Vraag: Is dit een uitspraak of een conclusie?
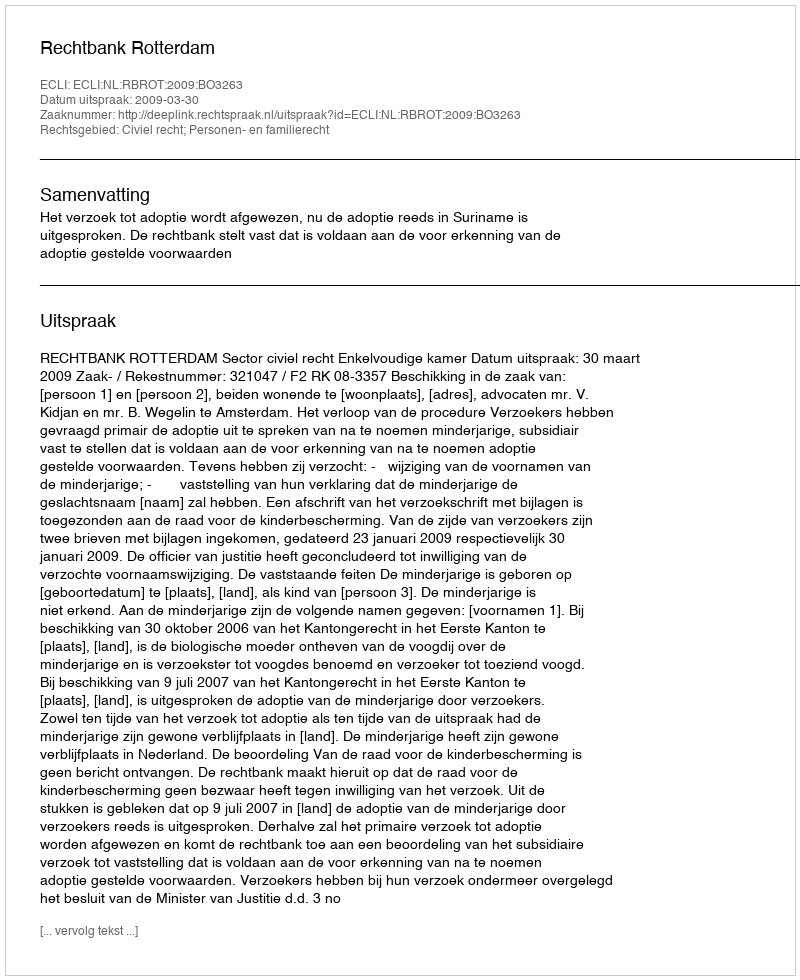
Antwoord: Uitspraak